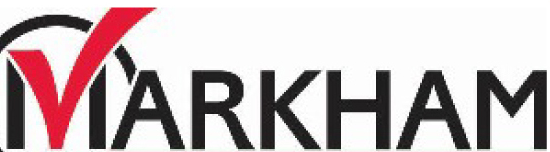
MARKHAM